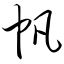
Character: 帆